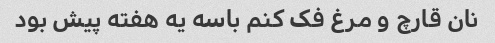
نان قارچ و مرغ فک کنم باسه یه هفته پیش بود